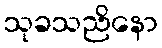
သုခသညိနော